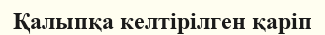
Қалыпқа келтірілген қаріп